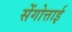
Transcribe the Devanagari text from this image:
सेंगोत्ताई